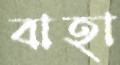
বাহা